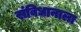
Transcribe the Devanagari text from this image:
संविधानाला